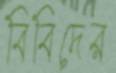
বিবিদের